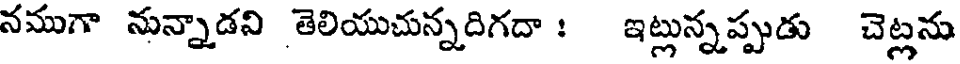
నముగా నున్నాడని తెలియుచున్నదిగదా : ఇట్లున్నప్పుడు చెట్లను